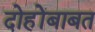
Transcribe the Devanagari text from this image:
दोहोंबाबत